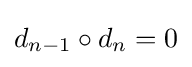
d_{n-1}\circ d_{n}=0